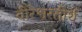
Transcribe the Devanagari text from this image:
वीरेश्वरतीर्थ